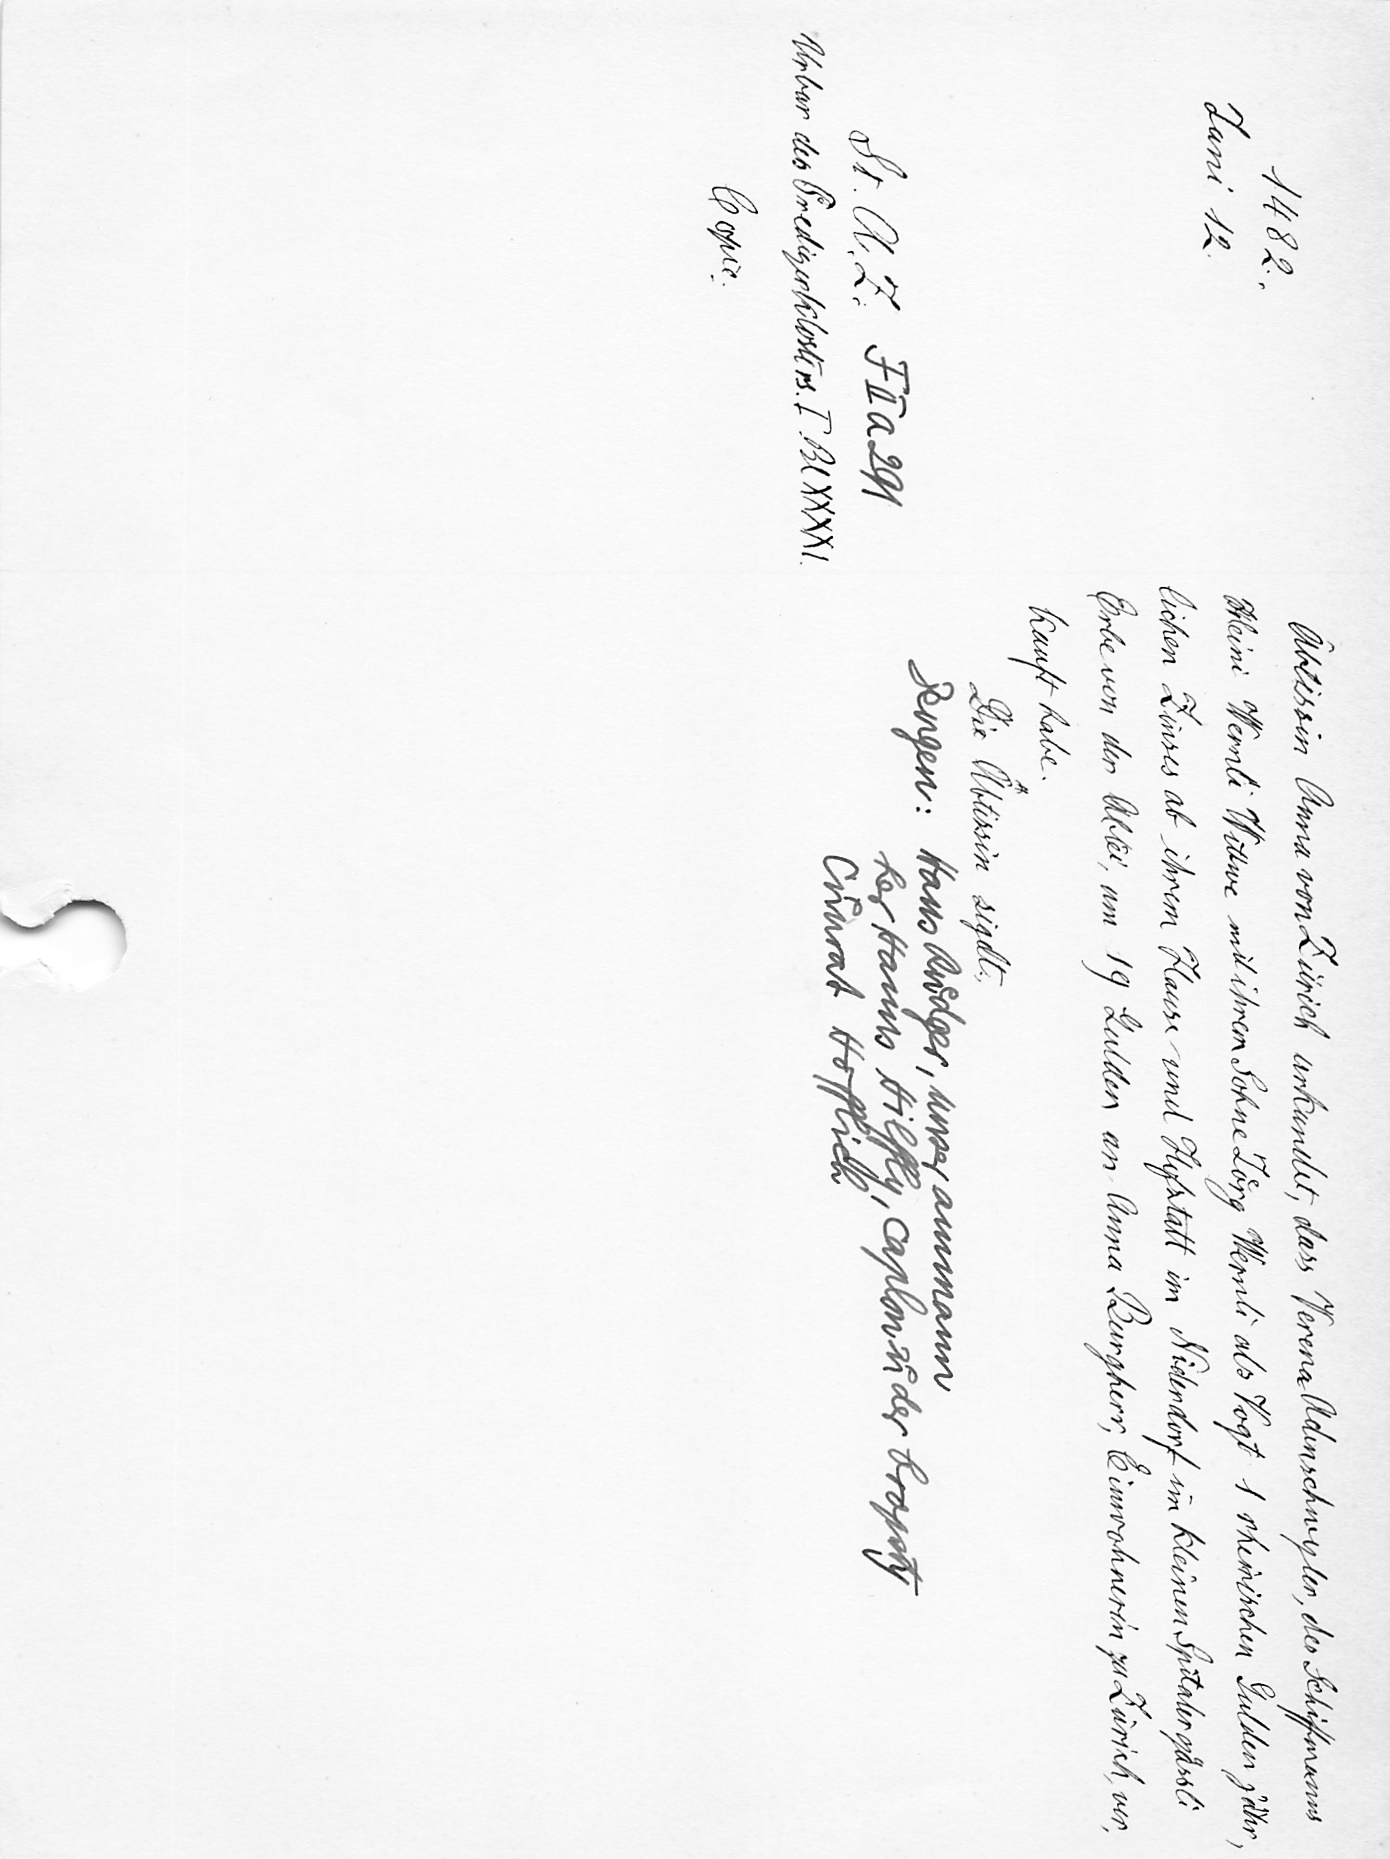
Äbtissin Anna von Zürich urkundet, dass Verena Adenschwyler, des Schiffmanns
Heini Wernli Wittwe mit ihrem Sohne Joͤrg Wernli als Vogt 1 rheinischen Gulden jähr¬
lichen Zinses ab ihrem Hause und Hofstatt im Niderdorf im kleinen Spitalergässli
Erbe von der Abtei, um 19 Gulden an Anna Burgherr, Einwohnerin zu Zürich ver¬
kauft habe.
Die Äbtissin sigelt.
Zeugen: Hans Ruͤdger, unser ammann
her Hanns Hilffly, caplan zuͦ der bropsty
Cuͦnrat Hofflich

1482.
Juni 12.
St. A. Z. F II a 291
Urbar des Predigerklosters. I. Bl XXXXI.
Copie.